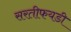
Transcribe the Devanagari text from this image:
सरतीफयडी